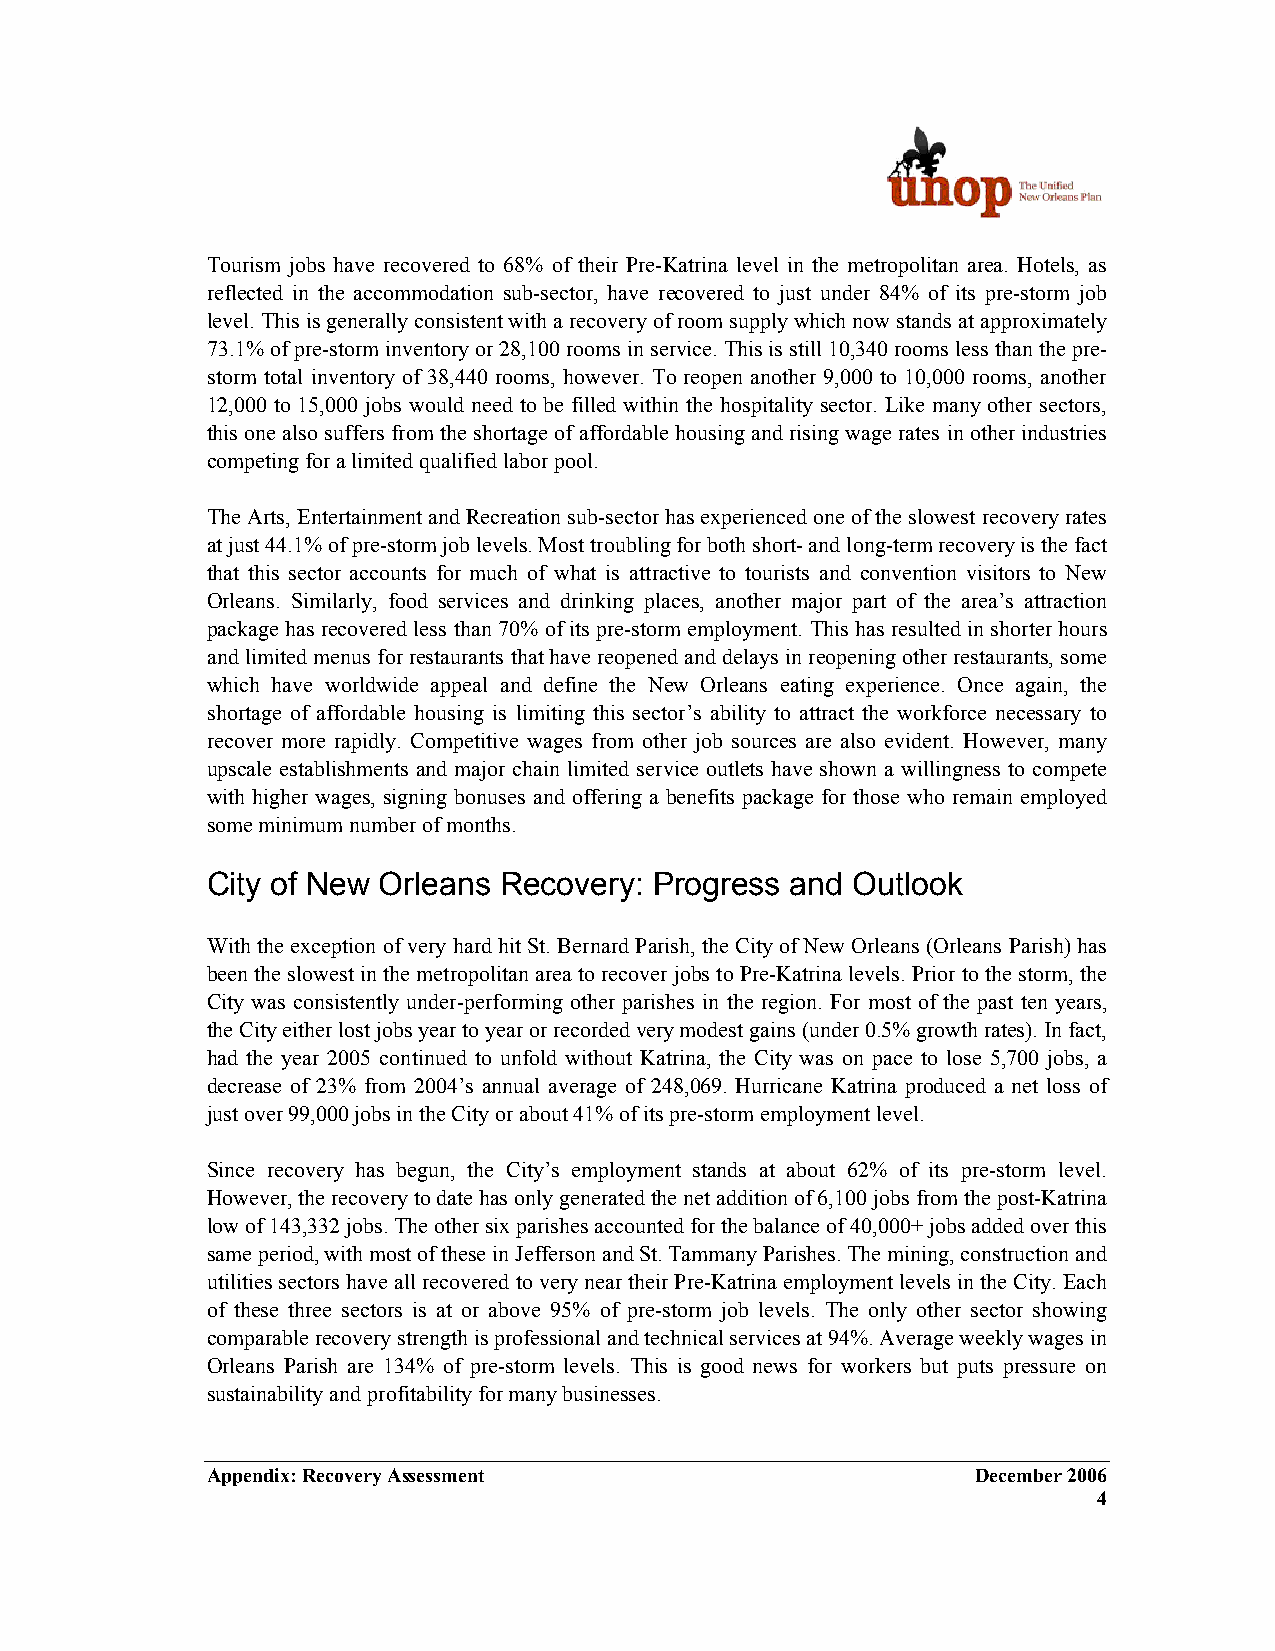
Tourism jobs have recovered to 68% of their Pre-Katrina level in the metropolitan area. Hotels, as
 reflected in the accommodation sub-sector, have recovered to just under 84% of its pre-storm job
 level. This is generally consistent with a recovery of room supply which now stands at approximately
 73.1% of pre-storm inventory or 28,100 rooms in service. This is still 10,340 rooms less than the pre-
 storm total inventory of 38,440 rooms, however. To reopen another 9,000 to 10,000 rooms, another
 12,000 to 15,000 jobs would need to be filled within the hospitality sector. Like many other sectors,
 this one also suffers from the shortage of affordable housing and rising wage rates in other industries
 competing for a limited qualified labor pool.
 The Arts, Entertainment and Recreation sub-sector has experienced one of the slowest recovery rates
 at just 44.1% of pre-storm job levels. Most troubling for both short- and long-term recovery is the fact
 that this sector accounts for much of what is attractive to tourists and convention visitors to New
 Orleans. Similarly, food services and drinking places, another major part of the area’s attraction
 package has recovered less than 70% of its pre-storm employment. This has resulted in shorter hours
 and limited menus for restaurants that have reopened and delays in reopening other restaurants, some
 which have worldwide appeal and define the New Orleans eating experience. Once again, the
 shortage of affordable housing is limiting this sector’s ability to attract the workforce necessary to
 recover more rapidly. Competitive wages from other job sources are also evident. However, many
 upscale establishments and major chain limited service outlets have shown a willingness to compete
 with higher wages, signing bonuses and offering a benefits package for those who remain employed
 some minimum number of months.
 City of New Orleans Recovery: Progress and Outlook
 With the exception of very hard hit St. Bernard Parish, the City of New Orleans (Orleans Parish) has
 been the slowest in the metropolitan area to recover jobs to Pre-Katrina levels. Prior to the storm, the
 City was consistently under-performing other parishes in the region. For most of the past ten years,
 the City either lost jobs year to year or recorded very modest gains (under 0.5% growth rates). In fact,
 had the year 2005 continued to unfold without Katrina, the City was on pace to lose 5,700 jobs, a
 decrease of 23% from 2004’s annual average of 248,069. Hurricane Katrina produced a net loss of
 just over 99,000 jobs in the City or about 41% of its pre-storm employment level.
 Since recovery has begun, the City’s employment stands at about 62% of its pre-storm level.
 However, the recovery to date has only generated the net addition of 6,100 jobs from the post-Katrina
 low of 143,332 jobs. The other six parishes accounted for the balance of 40,000+ jobs added over this
 same period, with most of these in Jefferson and St. Tammany Parishes. The mining, construction and
 utilities sectors have all recovered to very near their Pre-Katrina employment levels in the City. Each
 of these three sectors is at or above 95% of pre-storm job levels. The only other sector showing
 comparable recovery strength is professional and technical services at 94%. Average weekly wages in
 Orleans Parish are 134% of pre-storm levels. This is good news for workers but puts pressure on
 sustainability and profitability for many businesses.
 Appendix: Recovery Assessment                      December 2006
 4